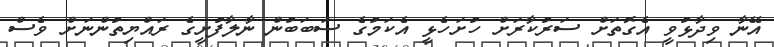
އޭނާ ވިދާޅުވީ އެގޮތަށް ސަރުކާރަށް ހުށަހެޅީ އެކަމުގެ ސަބަބުން ނާލާފުށީގެ ރައްޔިތުންނަށް ވެސް